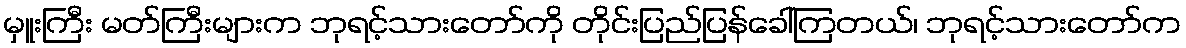
မှူးကြီး မတ်ကြီးများက ဘုရင့်သားတော်ကို တိုင်းပြည်ပြန်ခေါ်ကြတယ်၊ ဘုရင့်သားတော်က